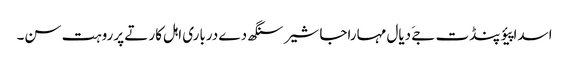
اسدا پیؤ پنڈت جےَ دیال مہاراجا شیر سنگھ دے درباری اہل کار تے پرروہت سن۔